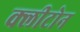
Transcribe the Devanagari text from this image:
क्‍लीटोन